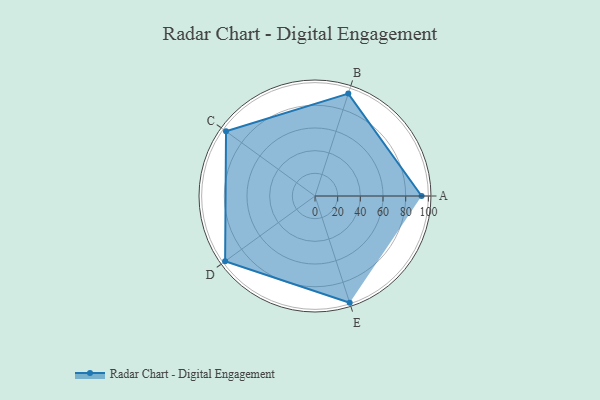
{"axis": {"x": "Skill", "y": "Score"}, "legend": ["Profile"], "data": [{"x": "A", "y": 94.0, "type": "Profile"}, {"x": "B", "y": 95.0, "type": "Profile"}, {"x": "C", "y": 97.0, "type": "Profile"}, {"x": "D", "y": 98.0, "type": "Profile"}, {"x": "E", "y": 99, "type": "Profile"}]}